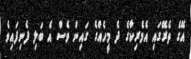
އޭގެ ތެރޭގައި އެމެރިކާގެ ދެ މީހެއްގެ ގައިން ވެސް އެ ބަލި ފެނިފައިވެ